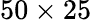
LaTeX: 50\times 25